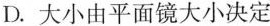
D.大小由平面镜大小决定